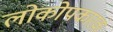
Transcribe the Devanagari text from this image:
लोकोपकारकं